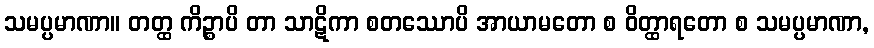
သမပ္ပမာဏာ။ တတ္ထ ကိဉ္စာပိ တာ သာဋိကာ စတဿောပိ အာယာမတော စ ဝိတ္ထာရတော စ သမပ္ပမာဏာ,